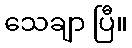
သေချာ ပြီ။